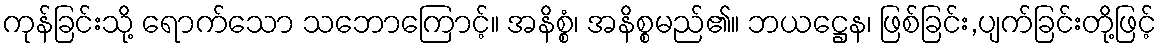
ကုန်ခြင်းသို့ ရောက်သော သဘောကြောင့်။ အနိစ္စံ၊ အနိစ္စမည်၏။ ဘယဋ္ဌေန၊ ဖြစ်ခြင်း,ပျက်ခြင်းတို့ဖြင့်